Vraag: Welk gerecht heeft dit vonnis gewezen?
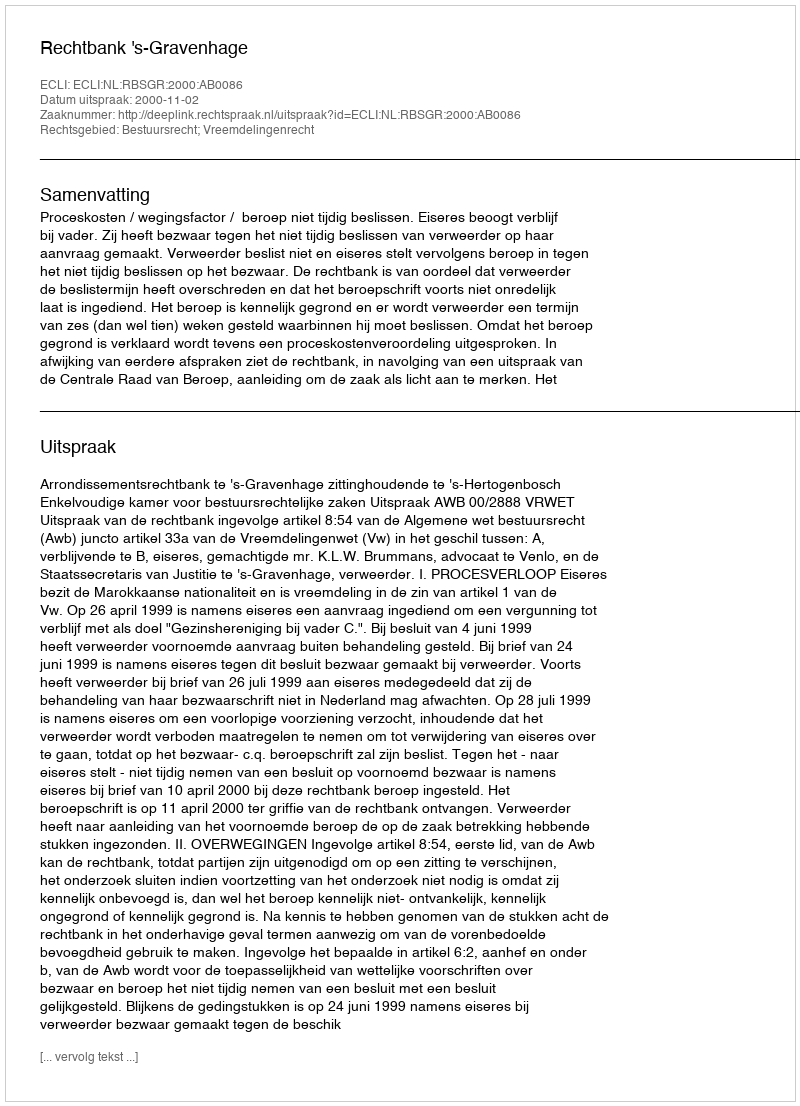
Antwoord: Rechtbank 's-Gravenhage